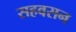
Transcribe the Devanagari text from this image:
सहवसन